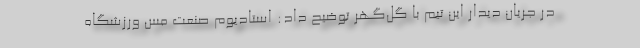
در جریان دیدار این تیم با گل‌گهر توضیح داد:‌ استادیوم صنعت مس ورزشگاه